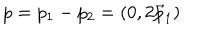
p = p _ { 1 } - p _ { 2 } = ( 0 , 2 \vec { p } _ { 1 } )